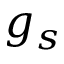
g _ { s }